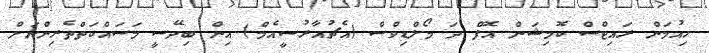
ހިއުމަން ރައިޓްސް ކޮމިޝަން އޮފް ދަ މޯލްޑިވްސް (އެޗުއާރުސީއެމް) އިން ބިދޭސީ މަސައްކަތްތެރިންނަށް